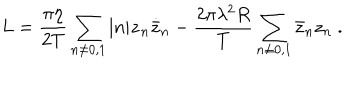
L = { \frac { \pi \eta } { 2 T } } \sum _ { n \neq 0 , 1 } | n | \dot { z } _ { n } \dot { \bar { z } } _ { n } - { \frac { 2 \pi \lambda ^ { 2 } R } { T } } \sum _ { n \neq 0 , 1 } \bar { z } _ { n } z _ { n } \ .